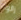
زالوا